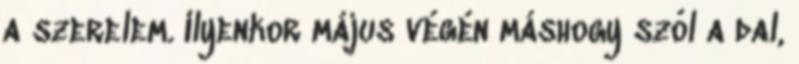
a szerelem. Ilyenkor május végén máshogy szól a dal,